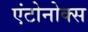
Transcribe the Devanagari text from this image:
एंटोनोक्स